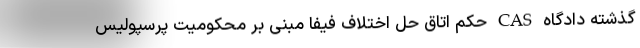
گذشته دادگاه CAS حکم اتاق حل اختلاف فیفا مبنی بر محکومیت پرسپولیس